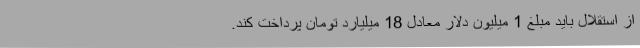
از استقلال باید مبلغ 1 میلیون دلار معادل 18 میلیارد تومان پرداخت کند.